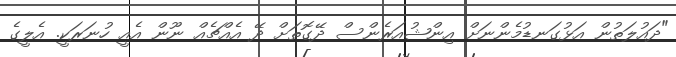
"ދައުލަތުން އަޅުގަނޑުމެންނަށް އިންޝުއަރެންސް ދޭގޮތަށް ދޭ އެއްޗެއް ނޫން އެއީ ހުނަރަކީ. އެލީގެ